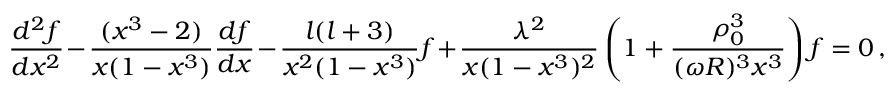
\frac { d ^ { 2 } f } { d x ^ { 2 } } - \frac { ( x ^ { 3 } - 2 ) } { x ( 1 - x ^ { 3 } ) } \frac { d f } { d x } - \frac { l ( l + 3 ) } { x ^ { 2 } ( 1 - x ^ { 3 } ) } f + \frac { \lambda ^ { 2 } } { x ( 1 - x ^ { 3 } ) ^ { 2 } } \left( 1 + \frac { \rho _ { 0 } ^ { 3 } } { ( \omega R ) ^ { 3 } x ^ { 3 } } \right) f = 0 \, ,